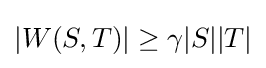
|W(S,T)|\geq \gamma |S||T|